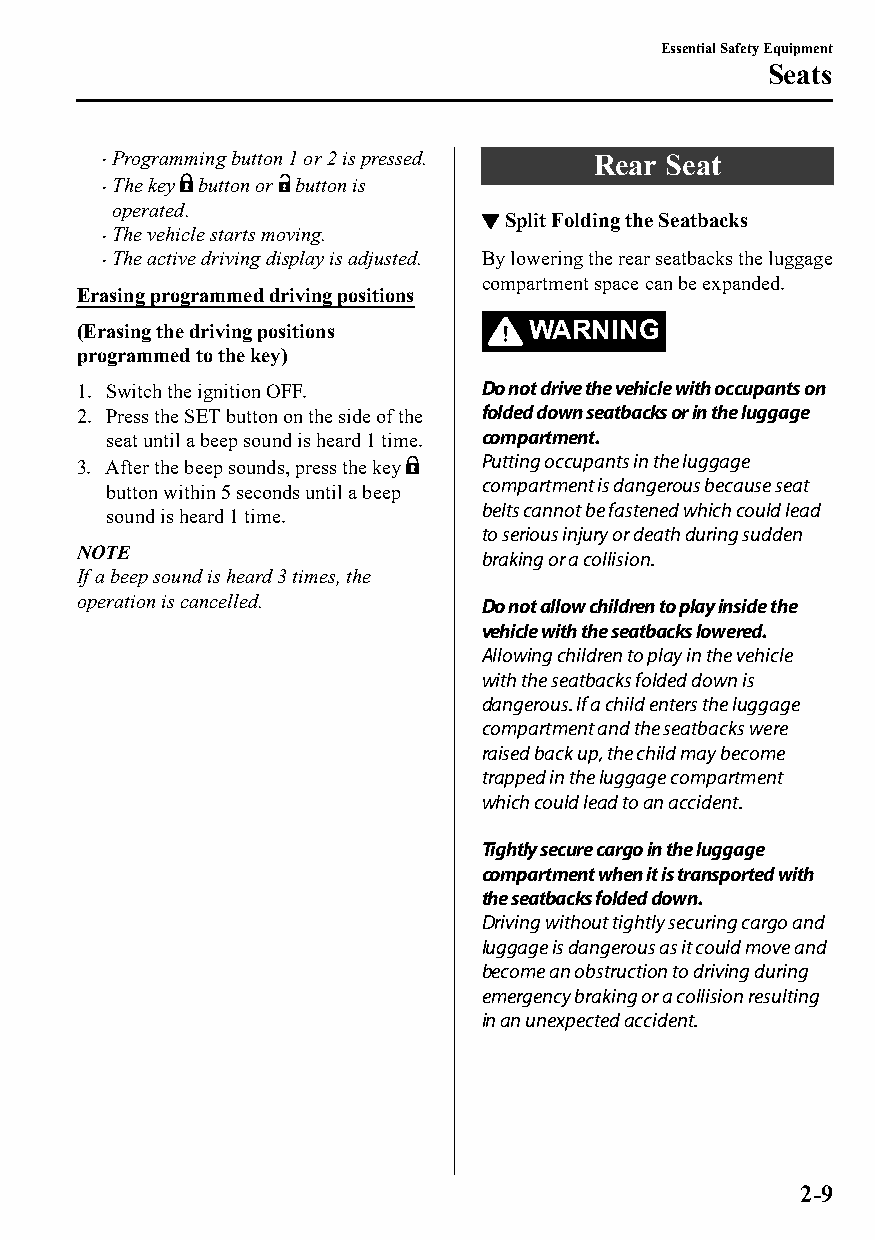
Essential Safety Equipment
 Seats
 Programming button 1 or 2 is pressed. Rear Seat
 The key button or button is
 
 operated.
 ▼Split Folding the Seatbacks
 The vehicle starts moving.
 
 The active driving display is adjusted. By lowering the rear seatbacks the luggage
 
 compartment space can be expanded.
 Erasing programmed driving positions
 (Erasing the driving positions WARNING
 programmed to the key)
 1. Switch the ignition OFF. Do not drive the vehicle with occupants on
 2. Press the SET button on the side of the folded down seatbacks or in the luggage
 seat until a beep sound is heard 1 time. compartment.
 Putting occupants in the luggage
 3. After the beep sounds, press the key
 compartment is dangerous because seat
 button within 5 seconds until a beep
 belts cannot be fastened which could lead
 sound is heard 1 time.
 to serious injury or death during sudden
 NOTE
 braking or a collision.
 If a beep sound is heard 3 times, the
 operation is cancelled.    Do not allow children to play inside the
 vehicle with the seatbacks lowered.
 Allowing children to play in the vehicle
 with the seatbacks folded down is
 dangerous. If a child enters the luggage
 compartment and the seatbacks were
 raised back up, the child may become
 trapped in the luggage compartment
 which could lead to an accident.
 Tightly secure cargo in the luggage
 compartment when it is transported with
 the seatbacks folded down.
 Driving without tightly securing cargo and
 luggage is dangerous as it could move and
 become an obstruction to driving during
 emergency braking or a collision resulting
 in an unexpected accident.
 2-9
 CX-3_8GT4-EE-18D_Edition4                  2018-9-6 18:32:19